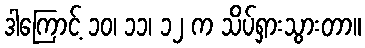
ဒါကြောင့် ၁၀၊ ၁၁၊ ၁၂ က သိပ်ရှားသွားတာ။